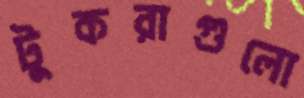
টুকরাগুলো